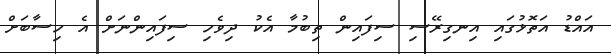
އައްޑު އަތޮޅުގައި އިނގިރޭސި ސިފައިން ތިބުމާ އެކު ދިވެހި ސިފައިންނަށް އެ ހިސާބަށް